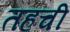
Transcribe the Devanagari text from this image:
तहची